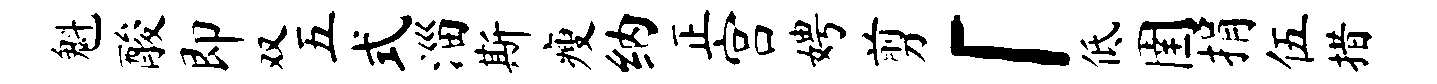
魁酸即双五式淄斯瘦纳正宫娉剪「低圉捐伍措